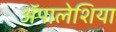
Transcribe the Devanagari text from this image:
ॲपालेशिया